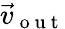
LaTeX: \vec{v}_{\mathrm{~o~u~t~}}